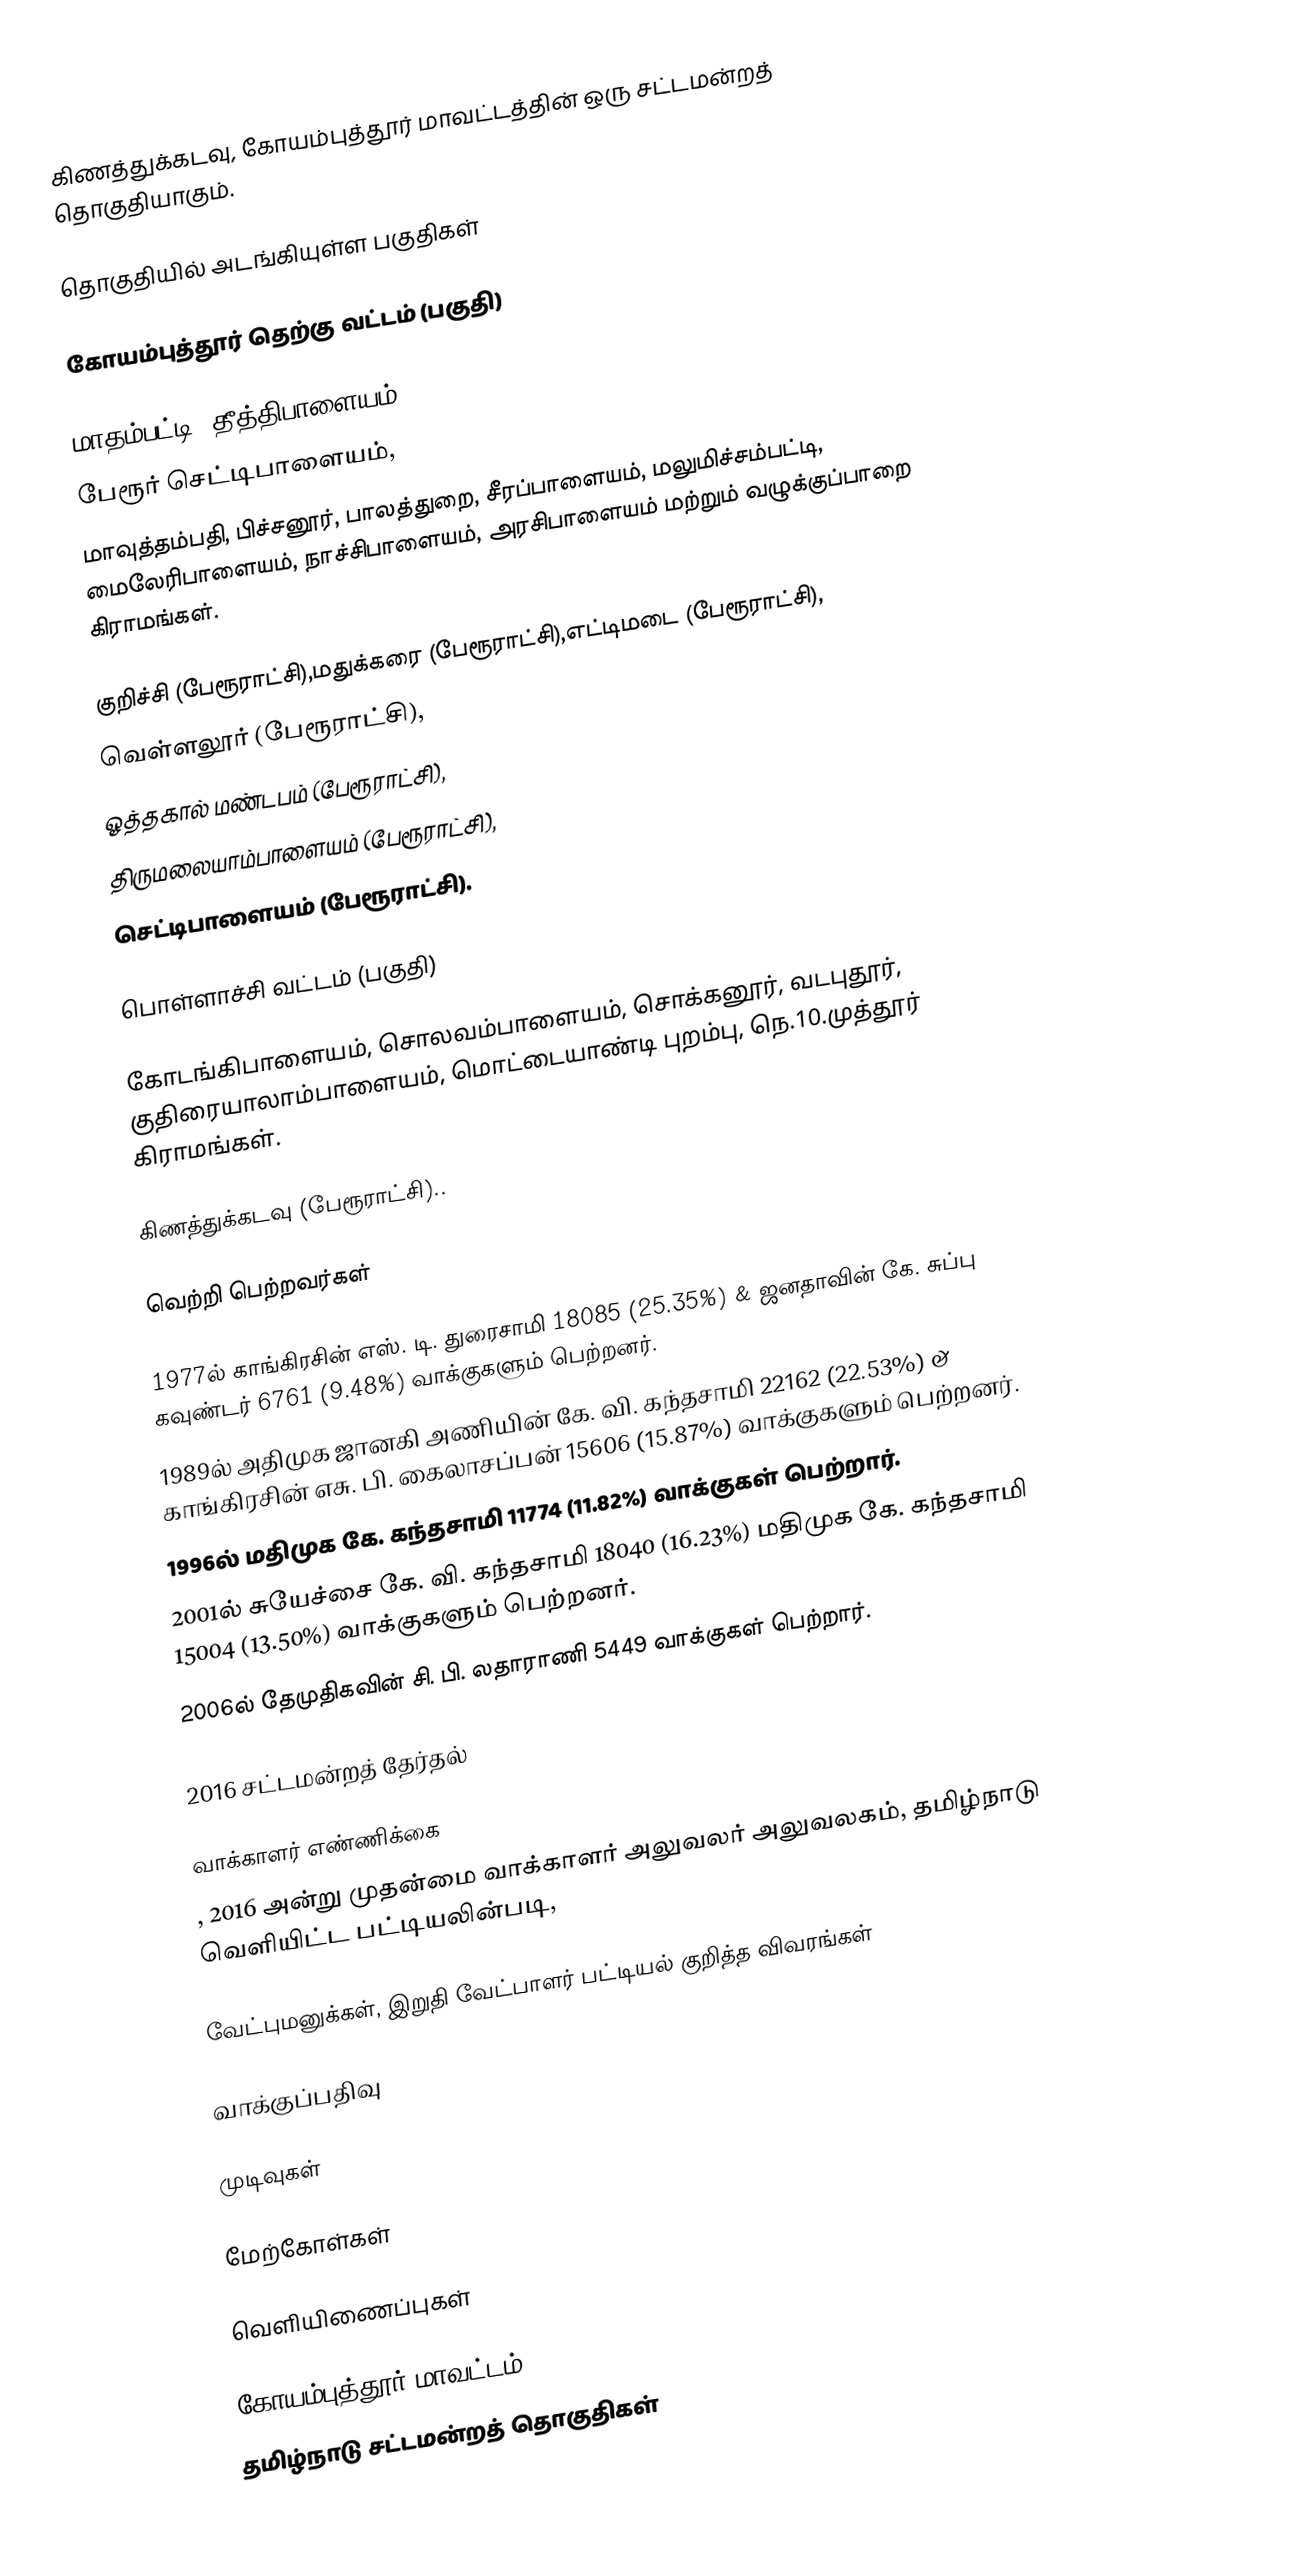
கிணத்துக்கடவு, கோயம்புத்தூர் மாவட்டத்தின் ஒரு சட்டமன்றத் தொகுதியாகும்.

தொகுதியில் அடங்கியுள்ள பகுதிகள்

கோயம்புத்தூர் தெற்கு வட்டம் (பகுதி)

மாதம்பட்டி, தீத்திபாளையம்,
பேரூர் செட்டிபாளையம்,
மாவுத்தம்பதி, பிச்சனூர், பாலத்துறை, சீரப்பாளையம், மலுமிச்சம்பட்டி, மைலேரிபாளையம், நாச்சிபாளையம், அரசிபாளையம் மற்றும் வழுக்குப்பாறை கிராமங்கள்.

குறிச்சி (பேரூராட்சி),மதுக்கரை (பேரூராட்சி),எட்டிமடை (பேரூராட்சி),
வெள்ளலூர் (பேரூராட்சி),
ஓத்தகால் மண்டபம் (பேரூராட்சி),
திருமலையாம்பாளையம் (பேரூராட்சி),
செட்டிபாளையம் (பேரூராட்சி).

பொள்ளாச்சி வட்டம்  (பகுதி)

கோடங்கிபாளையம், சொலவம்பாளையம், சொக்கனூர், வடபுதூர், குதிரையாலாம்பாளையம், மொட்டையாண்டி புறம்பு, நெ.10.முத்தூர் கிராமங்கள்.

கிணத்துக்கடவு (பேரூராட்சி)..

வெற்றி பெற்றவர்கள்

 1977ல் காங்கிரசின்  எஸ். டி. துரைசாமி 18085 (25.35%) & ஜனதாவின் கே. சுப்பு கவுண்டர் 6761 (9.48%) வாக்குகளும் பெற்றனர்.
1989ல் அதிமுக ஜானகி அணியின் கே. வி. கந்தசாமி 22162 (22.53%) & காங்கிரசின் எசு. பி. கைலாசப்பன் 15606 (15.87%) வாக்குகளும் பெற்றனர்.
1996ல் மதிமுக  கே. கந்தசாமி 11774 (11.82%) வாக்குகள் பெற்றார்.
2001ல் சுயேச்சை கே. வி. கந்தசாமி 18040 (16.23%) மதிமுக கே. கந்தசாமி 15004 (13.50%) வாக்குகளும் பெற்றனர்.
2006ல் தேமுதிகவின்  சி. பி. லதாராணி 5449 வாக்குகள் பெற்றார்.

2016 சட்டமன்றத் தேர்தல்

வாக்காளர் எண்ணிக்கை
, 2016 அன்று முதன்மை வாக்காளர் அலுவலர் அலுவலகம், தமிழ்நாடு வெளியிட்ட பட்டியலின்படி,

வேட்புமனுக்கள், இறுதி வேட்பாளர் பட்டியல் குறித்த விவரங்கள்

வாக்குப்பதிவு

முடிவுகள்

மேற்கோள்கள்

வெளியிணைப்புகள்

கோயம்புத்தூர் மாவட்டம்
தமிழ்நாடு சட்டமன்றத் தொகுதிகள்